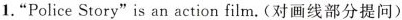
1.“Police Story"is an action film.(对画线部分提问)